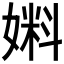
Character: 𰌔